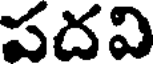
పదవి